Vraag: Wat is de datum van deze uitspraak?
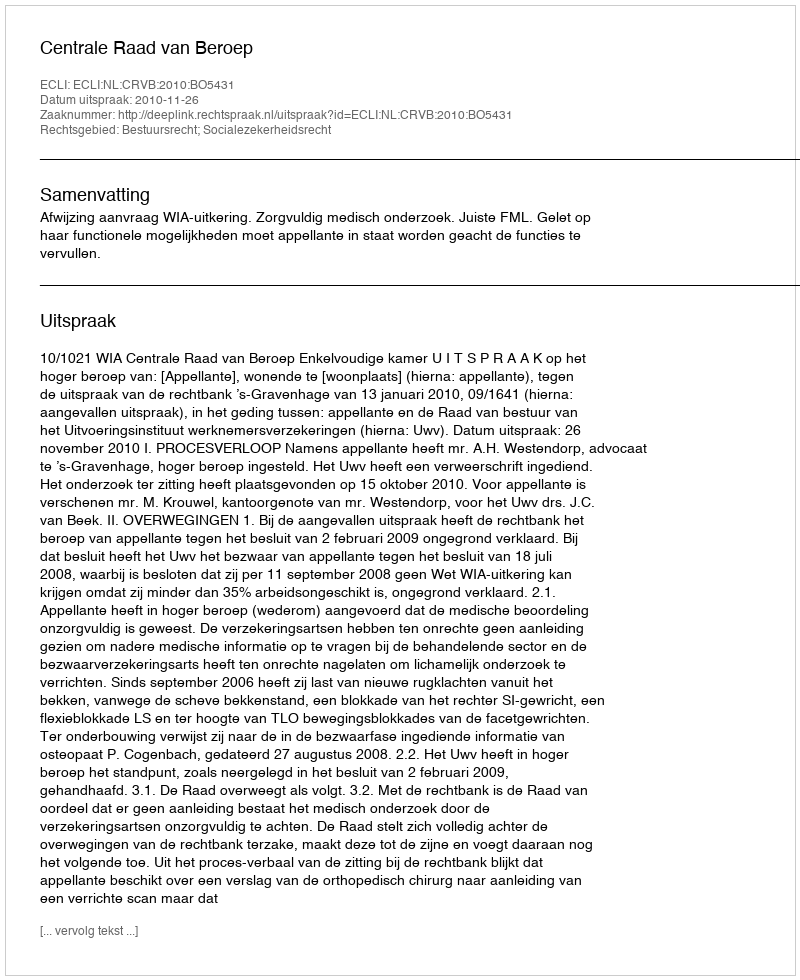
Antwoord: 2010-11-26